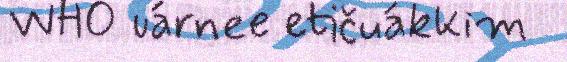
WHO uárnee etičuákkim